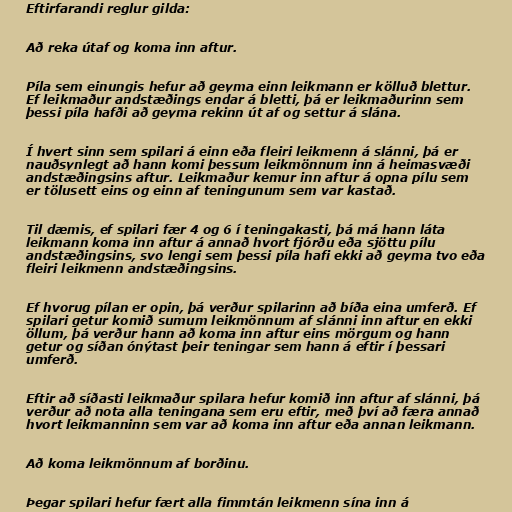
Eftirfarandi reglur gilda:

Að reka útaf og koma inn aftur.

Píla sem einungis hefur að geyma einn leikmann er kölluð blettur.
Ef leikmaður andstæðings endar á bletti, þá er leikmaðurinn sem
þessi píla hafði að geyma rekinn út af og settur á slána.

Í hvert sinn sem spilari á einn eða fleiri leikmenn á slánni, þá er
nauðsynlegt að hann komi þessum leikmönnum inn á heimasvæði
andstæðingsins aftur. Leikmaður kemur inn aftur á opna pílu sem
er tölusett eins og einn af teningunum sem var kastað.

Til dæmis, ef spilari fær 4 og 6 í teningakasti, þá má hann láta
leikmann koma inn aftur á annað hvort fjórðu eða sjöttu pílu
andstæðingsins, svo lengi sem þessi píla hafi ekki að geyma tvo eða
fleiri leikmenn andstæðingsins.

Ef hvorug pílan er opin, þá verður spilarinn að bíða eina umferð. Ef
spilari getur komið sumum leikmönnum af slánni inn aftur en ekki
öllum, þá verður hann að koma inn aftur eins mörgum og hann
getur og síðan ónýtast þeir teningar sem hann á eftir í þessari
umferð.

Eftir að síðasti leikmaður spilara hefur komið inn aftur af slánni, þá
verður að nota alla teningana sem eru eftir, með því að færa annað
hvort leikmanninn sem var að koma inn aftur eða annan leikmann.

Að koma leikmönnum af borðinu.

Þegar spilari hefur fært alla fimmtán leikmenn sína inn á